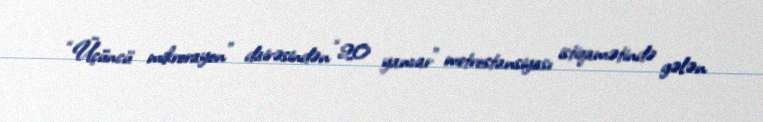
“Üçüncü mikrorayon” dairəsindən “20 yanvar” metrostansiyası istiqamətində gələn